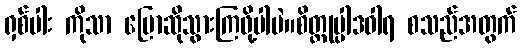
ရှစ်ပါး ကိုသာ ပြောဆိုသွားကြဖို့ပါပဲ။စိတ္တုပ္ပါဒဝါရ စသည်အတွက်